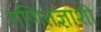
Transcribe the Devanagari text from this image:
गणितज्ञाशी